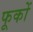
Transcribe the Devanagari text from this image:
फूकों